Civil Veterinary Dept. Bombay admin report 1893-99 - 1893-1899
Year: 1893
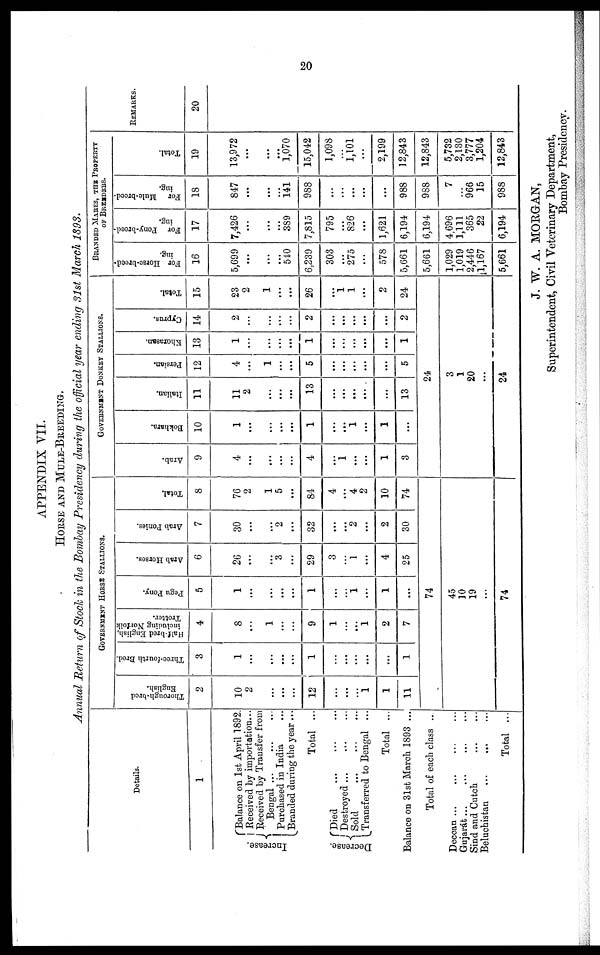
20
APPENDIX VII.
HORSE AND MULE-BREEDING.
Annual Return of Stock in the Bombay Presidency during the official year ending 31st March 1893.
Details.
1
Increase.
Balance on 1st April 1892.
Received by importation...
Received by Transfer from
Bengal ... ... ... ...
Purchased in India ...
Branded during the year ...
Total ...
Decrease.
Died
...
...
...
Destroyed...
...
...
Sold
...
...
...
Transferred to Bengal ...
Total ...
Balance on 31st March 1893 ...
Total of each class ...
Deccan ... ... ... ...
Gujarát ... ... ... ...
Sind and Cutch ... ...
Beluchistan
...
...
...
Total ...
GOVERNMENT HORSE STALLIONS.
Thorough-bred
English.
2
10
2
...
...
...
12
...
...
...
1
1
11
Three-fourth Bred.
3
1
...
...
...
...
1
...
...
...
...
...
1
Half-bred English,
including Norfolk
Trotter.
4
8
...
1
...
...
9
1
...
...
1
2
7
Pegu Pony.
5
1
...
...
...
...
1
...
...
1
...
1
...
74
45
10
19
...
74
Arab Horses.
6
26
...
...
3
...
29
3
...
1
...
4
25
Arab Ponies.
7
30
...
...
2
...
32
...
...
2
...
2
30
Total.
8
76
2
1
5
...
84
4
...
4
2
10
74
GOVERNMENT DONKEY STALLIONS.
Arab.
9
4
...
...
...
...
4
...
1
...
...
1
3
Bokhara.
10
1
...
...
...
...
1
...
...
1
...
1
...
Italian.
11
11
2
...
...
...
13
...
...
...
...
...
13
Persian.
12
4
...
1
...
...
5
...
...
...
...
...
5
24
3
1
20
...
24
Khorasan.
13
1
...
...
...
...
1
...
...
...
...
...
1
Cyprus.
14
2
...
...
...
...
2
...
...
...
...
...
2
Total.
15
23
2
1
...
...
26
...
1
1
...
2
24
BRANDED MARES, THE PROPERTY
OF BREEDERS.
For Horse-breed-
ing.
16
5,699
...
...
...
540
6,239
303
...
275
...
578
5,661
5,661
1,029
1,019
2,446
1,167
5,661
For
Pony-breed-
ing.
17
7,426
...
...
...
389
7,815
795
...
826
...
1,621
6,194
6,194
4,696
1,111
365
22
6,194
For
Mule-breed-
ing.
18
847
...
...
...
141
988
...
...
...
...
...
988
988
7
...
966
15
988
Total.
19
13,972
...
...
...
1,070
15,042
1,098
...
1,101
...
2,199
12,843
12,843
5,732
2,130
3,777
1,204
12,843
REMARKS.
20
J. W. A. MORGAN,
Superintendent, Civil Veterinary Department,
Bombay Presidency.